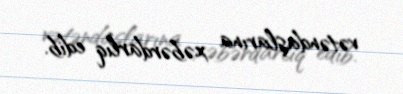
vətəndaşlarına xəbərdarlıq edib.